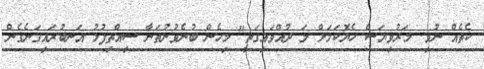
ކެތެއް ނުވި. މަރުވިޔަސް ހެޔޮކަމަށް މަ ދުއްވައިގަތީ" މިހެން ބުނެވުނުތަނާ ސިއްތިފުޅު އަނބުރައިގަނެގެން